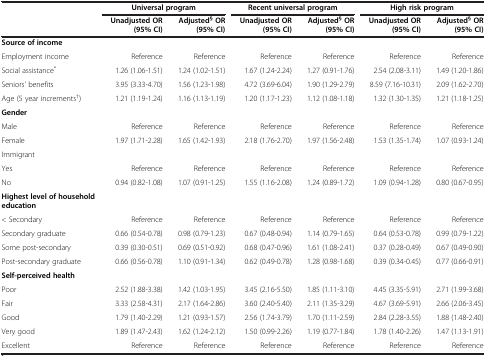
<table><thead><tr><td><b> </b></td><td colspan="2"><b>Universal program</b></td><td colspan="2"><b>Recent universal program</b></td><td colspan="2"><b>High risk program</b></td></tr><tr><td><b> </b></td><td><b>Unadjusted OR (95% CI)</b></td><td><b>Adjusted<sup>§ </sup>OR (95% CI)</b></td><td><b>Unadjusted OR (95% CI)</b></td><td><b>Adjusted<sup>§ </sup>OR (95% CI)</b></td><td><b>Unadjusted OR (95% CI)</b></td><td><b>Adjusted<sup>§ </sup>OR (95% CI)</b></td></tr></thead><tbody><tr><td><b>Source of income</b></td><td> </td><td> </td><td> </td><td> </td><td> </td><td> </td></tr><tr><td>Employment income</td><td>Reference</td><td>Reference</td><td>Reference</td><td>Reference</td><td>Reference</td><td>Reference</td></tr><tr><td>Social assistance<sup>*</sup></td><td>1.26 (1.06-1.51)</td><td>1.24 (1.02-1.51)</td><td>1.67 (1.24-2.24)</td><td>1.27 (0.91-1.76)</td><td>2.54 (2.08-3.11)</td><td>1.49 (1.20-1.86)</td></tr><tr><td>Seniors’ benefits</td><td>3.95 (3.33-4.70)</td><td>1.56 (1.23-1.98)</td><td>4.72 (3.69-6.04)</td><td>1.90 (1.29-2.79)</td><td>8.59 (7.16-10.31)</td><td>2.09 (1.62-2.70)</td></tr><tr><td>Age (5 year increments<sup>†</sup>)</td><td>1.21 (1.19-1.24)</td><td>1.16 (1.13-1.19)</td><td>1.20 (1.17-1.23)</td><td>1.12 (1.08-1.18)</td><td>1.32 (1.30-1.35)</td><td>1.21 (1.18-1.25)</td></tr><tr><td><b>Gender</b></td><td> </td><td> </td><td> </td><td> </td><td> </td><td> </td></tr><tr><td>Male</td><td>Reference</td><td>Reference</td><td>Reference</td><td>Reference</td><td>Reference</td><td>Reference</td></tr><tr><td>Female</td><td>1.97 (1.71-2.28)</td><td>1.65 (1.42-1.93)</td><td>2.18 (1.76-2.70)</td><td>1.97 (1.56-2.48)</td><td>1.53 (1.35-1.74)</td><td>1.07 (0.93-1.24)</td></tr><tr><td>Immigrant</td><td> </td><td> </td><td> </td><td> </td><td> </td><td> </td></tr><tr><td>Yes</td><td>Reference</td><td>Reference</td><td>Reference</td><td>Reference</td><td>Reference</td><td>Reference</td></tr><tr><td>No</td><td>0.94 (0.82-1.08)</td><td>1.07 (0.91-1.25)</td><td>1.55 (1.16-2.08)</td><td>1.24 (0.89-1.72)</td><td>1.09 (0.94-1.28)</td><td>0.80 (0.67-0.95)</td></tr><tr><td><b>Highest level of household education</b></td><td> </td><td> </td><td> </td><td> </td><td> </td><td> </td></tr><tr><td>&lt; Secondary</td><td>Reference</td><td>Reference</td><td>Reference</td><td>Reference</td><td>Reference</td><td>Reference</td></tr><tr><td>Secondary graduate</td><td>0.66 (0.54-0.78)</td><td>0.98 (0.79-1.23)</td><td>0.67 (0.48-0.94)</td><td>1.14 (0.79-1.65)</td><td>0.64 (0.53-0.78)</td><td>0.99 (0.79-1.22)</td></tr><tr><td>Some post-secondary</td><td>0.39 (0.30-0.51)</td><td>0.69 (0.51-0.92)</td><td>0.68 (0.47-0.96)</td><td>1.61 (1.08-2.41)</td><td>0.37 (0.28-0.49)</td><td>0.67 (0.49-0.90)</td></tr><tr><td>Post-secondary graduate</td><td>0.66 (0.56-0.78)</td><td>1.10 (0.91-1.34)</td><td>0.62 (0.49-0.78)</td><td>1.28 (0.98-1.68)</td><td>0.39 (0.34-0.45)</td><td>0.77 (0.66-0.91)</td></tr><tr><td><b>Self-perceived health</b></td><td> </td><td> </td><td> </td><td> </td><td> </td><td> </td></tr><tr><td>Poor</td><td>2.52 (1.88-3.38)</td><td>1.42 (1.03-1.95)</td><td>3.45 (2.16-5.50)</td><td>1.85 (1.11-3.10)</td><td>4.45 (3.35-5.91)</td><td>2.71 (1.99-3.68)</td></tr><tr><td>Fair</td><td>3.33 (2.58-4.31)</td><td>2.17 (1.64-2.86)</td><td>3.60 (2.40-5.40)</td><td>2.11 (1.35-3.29)</td><td>4.67 (3.69-5.91)</td><td>2.66 (2.06-3.45)</td></tr><tr><td>Good</td><td>1.79 (1.40-2.29)</td><td>1.21 (0.93-1.57)</td><td>2.56 (1.74-3.79)</td><td>1.70 (1.11-2.59)</td><td>2.84 (2.28-3.55)</td><td>1.88 (1.48-2.40)</td></tr><tr><td>Very good</td><td>1.89 (1.47-2.43)</td><td>1.62 (1.24-2.12)</td><td>1.50 (0.99-2.26)</td><td>1.19 (0.77-1.84)</td><td>1.78 (1.40-2.26)</td><td>1.47 (1.13-1.91)</td></tr><tr><td>Excellent</td><td>Reference</td><td>Reference</td><td>Reference</td><td>Reference</td><td>Reference</td><td>Reference</td></tr></tbody></table>